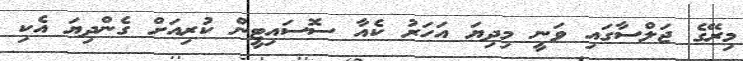
މިރޭގެ ޖަލްސާގައި ވަނީ މިދިޔަ އަހަރު ކެއާ ސޮސައިޓީން ކުރިއަށް ގެންދިޔަ އެކި